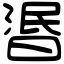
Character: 𣇹